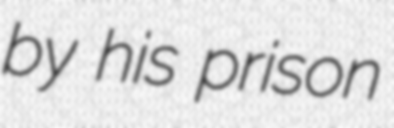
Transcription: by his prison